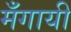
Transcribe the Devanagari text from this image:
मँगायी